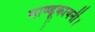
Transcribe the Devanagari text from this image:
माण्डूकायनी।